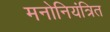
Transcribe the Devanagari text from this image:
मनोनियंत्रित